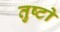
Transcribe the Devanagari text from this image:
तुष्टो